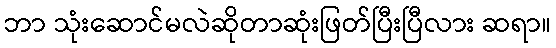
ဘာ သုံးဆောင်မလဲဆိုတာဆုံးဖြတ်ပြီးပြီလား ဆရာ။